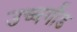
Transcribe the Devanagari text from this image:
उच्चगौड